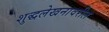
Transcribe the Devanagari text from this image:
शुद्धलेखनावरील